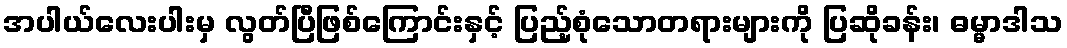
အပါယ်လေးပါးမှ လွတ်ပြီဖြစ်ကြောင်းနှင့် ပြည့်စုံသောတရားများကို ပြဆိုခန်း၊ ဓမ္မာဒါသ